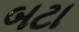
બટા